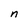
Character: n